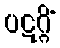
ပဋဂ္ဂိံ